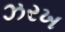
ઝરખ